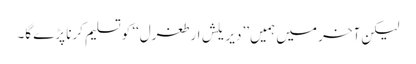
لیکن آخر میں ہمیں ’’دیریلش ارطغرل‘‘ کو تسلیم کرنا پڑے گا۔